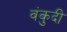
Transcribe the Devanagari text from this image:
वंकुदी